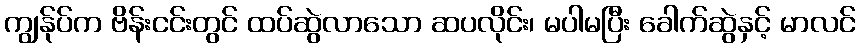
ကျွန်ုပ်က ဗိန်းငင်းတွင် ထပ်ဆွဲလာသော ဆပလိုင်း၊ မပါမပြီး ခေါက်ဆွဲနှင့် မာလင်